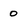
Character: 0